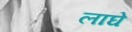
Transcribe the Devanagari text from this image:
लाघे